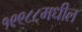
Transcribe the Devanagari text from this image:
१९९८८मधील